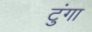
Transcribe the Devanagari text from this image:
टुंगा